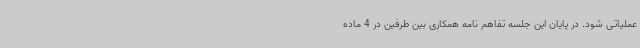
عملیاتی شود. در پایان این جلسه تفاهم نامه همکاری بین طرفین در 4 ماده